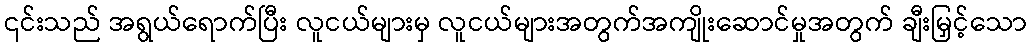
၎င်းသည် အရွယ်ရောက်ပြီး လူငယ်များမှ လူငယ်များအတွက်အကျိုးဆောင်မှုအတွက် ချီးမြှင့်သော